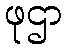
ဖုဌာ